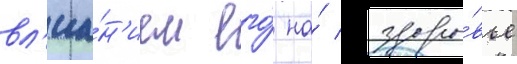
вл'иа́н'ием его́ на́ здоро́вье